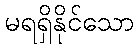
မရရှိနိုင်သော